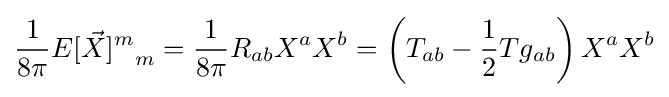
{\frac {1}{8\pi }}{E[{\vec {X}}]^{m}}_{m}={\frac {1}{8\pi }}R_{ab}X^{a}X^{b}=\left(T_{ab}-{\frac {1}{2}}Tg_{ab}\right)X^{a}X^{b}